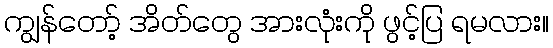
ကျွန်တော့် အိတ်တွေ အားလုံးကို ဖွင့်ပြ ရမလား။